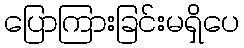
ပြောကြားခြင်းမရှိပေ